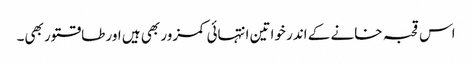
اس قحبہ خانے کے اندر خواتین انتہائی کمزور بھی ہیں اور طاقتور بھی۔